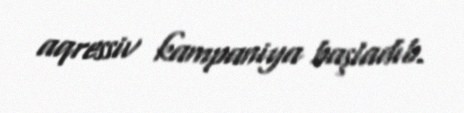
aqressiv kampaniya başladıb.